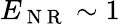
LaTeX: E_{\mathrm{~N~R~}}\sim 1